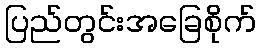
ပြည်တွင်းအခြေစိုက်